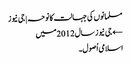
مسلمانوں کی جہالت کا نوحہ | جی نیوز
← جی نیوز سال 2012میں
اسلامی اُصول۔